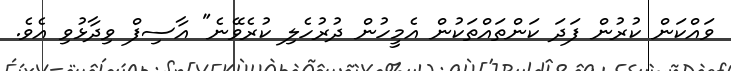
ވައްކަން ކުރުން ފަދަ ކަންތައްތަކުން އެމީހުން ދުރުހެލި ކުރެވޭނެ" އާސިފް ވިދާޅުވި އެވެ.